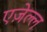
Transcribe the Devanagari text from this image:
एज़ेल्ल